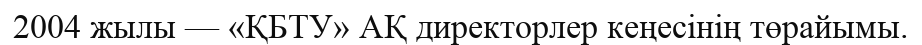
2004 жылы — «ҚБТУ» АҚ директорлер кеңесінің төрайымы.